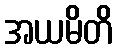
အယမိတိ